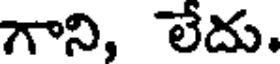
గాని, లేదు.